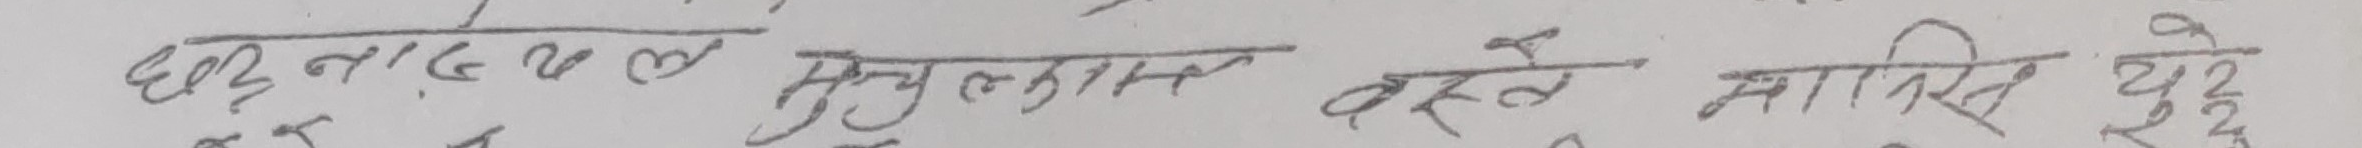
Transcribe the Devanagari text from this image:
छल्नाङगळ/मुक्तासन बहते मानिस दुख